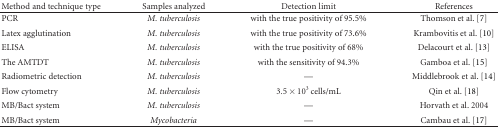
<table><thead><tr><td><b>Method and technique type</b></td><td><b>Samples analyzed</b></td><td><b>Detection limit</b></td><td><b>References</b></td></tr></thead><tbody><tr><td>PCR</td><td><i>M. tuberculosis</i></td><td>with the true positivity of 95.5%</td><td>Thomson et al. [7]</td></tr><tr><td>Latex agglutination</td><td><i>M. tuberculosis</i></td><td>with the true positivity of 73.6%</td><td>Krambovitis et al. [10]</td></tr><tr><td>ELISA</td><td><i>M. tuberculosis</i></td><td>with the true positivity of 68%</td><td>Delacourt et al. [13]</td></tr><tr><td>The AMTDT</td><td><i>M. tuberculosis</i></td><td>with the sensitivity of 94.3%</td><td>Gamboa et al. [15]</td></tr><tr><td>Radiometric detection</td><td><i>M. tuberculosis</i></td><td>—</td><td>Middlebrook et al. [14]</td></tr><tr><td>Flow cytometry</td><td><i>M. tuberculosis</i></td><td>3.5 × 10<sup>3</sup> cells/mL</td><td>Qin et al. [18]</td></tr><tr><td>MB/Bact system</td><td><i>M. tuberculosis</i></td><td>—</td><td>Horvath et al. 2004</td></tr><tr><td>MB/Bact system</td><td><i>Mycobacteria</i></td><td>—</td><td>Cambau et al. [17]</td></tr></tbody></table>